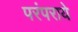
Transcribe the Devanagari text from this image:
परंपराये